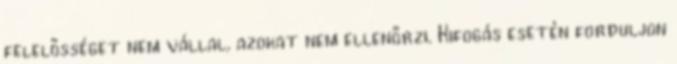
felelősséget nem vállal, azokat nem ellenőrzi. Kifogás esetén forduljon